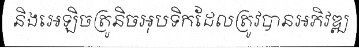
និងអេឡិចត្រូនិចអុបទិកដែលត្រូវបានអភិវឌ្ឍ